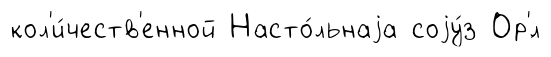
кол'и́честв'енной Насто́льнаjа соjу́з Ор'́л